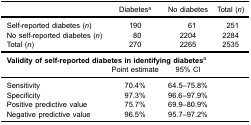
<table><thead><tr><td>[EMPTY_CELL]</td><td><b>Diabetes<sup>a</sup></b></td><td><b>No diabetes</b></td><td><b>Total (<i>n</i>)</b></td></tr></thead><tbody><tr><td>Self-reported diabetes (<i>n</i>)</td><td>190</td><td>61</td><td>251</td></tr><tr><td>No self-reported diabetes (<i>n</i>)</td><td>80</td><td>2204</td><td>2284</td></tr><tr><td>Total (<i>n</i>)</td><td>270</td><td>2265</td><td>2535</td></tr><tr><td colspan="4"><b>Validity of self-reported diabetes in identifying diabetes</b><sup>a</sup></td></tr><tr><td>[EMPTY_CELL]</td><td>Point estimate</td><td>95% CI</td><td>[EMPTY_CELL]</td></tr><tr><td>Sensitivity</td><td>70.4%</td><td>64.5–75.8%</td><td>[EMPTY_CELL]</td></tr><tr><td>Specificity</td><td>97.3%</td><td>96.6–97.9%</td><td>[EMPTY_CELL]</td></tr><tr><td>Positive predictive value</td><td>75.7%</td><td>69.9–80.9%</td><td>[EMPTY_CELL]</td></tr><tr><td>Negative predictive value</td><td>96.5%</td><td>95.7–97.2%</td><td>[EMPTY_CELL]</td></tr></tbody></table>